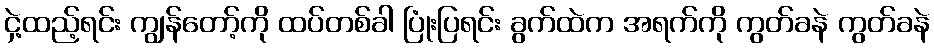
ငှဲ့ထည့်ရင်း ကျွန်တော့်ကို ထပ်တစ်ခါ ပြုံးပြရင်း ခွက်ထဲက အရက်ကို ကွတ်ခနဲ ကွတ်ခနဲ